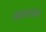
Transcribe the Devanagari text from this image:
वकातका